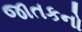
જાતકનો